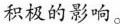
积极的影响。